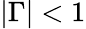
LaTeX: |\Gamma|<1